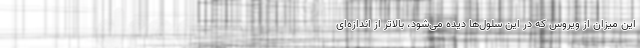
این میزان از ویروس که در این سلول‌ها دیده می‌شود، بالاتر از اندازه‌ای